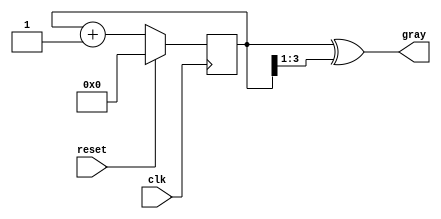
module gray_code_counter #(parameter N = 4) (
    input wire clk,          // Clock input
    input wire reset,        // Synchronous reset
    output reg [N-1:0] gray  // N-bit Gray Code output
);

    reg [N-1:0] binary;      // N-bit binary counter

    // Gray Code conversion function
    function [N-1:0] binary_to_gray;
        input [N-1:0] binary_in;
        begin
            binary_to_gray = binary_in ^ (binary_in >> 1);
        end
    endfunction

    // Counter logic
    always @(posedge clk) begin
        if (reset) begin
            binary <= 0;       // Reset binary counter to 0
        end else begin
            binary <= binary + 1; // Increment binary counter
        end
    end

    // Gray Code output generation
    always @(*) begin
        gray = binary_to_gray(binary); // Convert binary to Gray Code
    end

endmodule